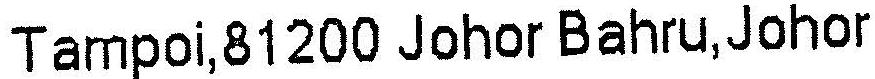
TAMPOI,81200 JOHOR BAHRU,JOHOR